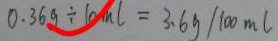
0 . 3 6 g \div 1 0 m l = 3 . 6 g / 1 0 0 m l